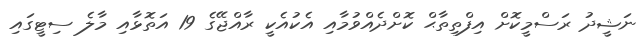
ނަޝީދު ރަސްމީކޮށް އިފްތިތާޙް ކޮށްދެއްވުމާއި އެކުއެކީ ރާއްޖޭގެ 19 އަތޮޅާއި މާލެ ސިޓީގައި